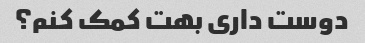
دوست داری بهت کمک کنم؟